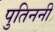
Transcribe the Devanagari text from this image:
पुतिननी